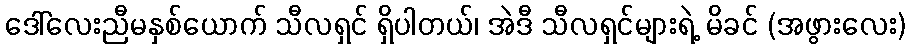
ဒေါ်လေးညီမနှစ်ယောက် သီလရှင် ရှိပါတယ်၊ အဲဒီ သီလရှင်များရဲ့ မိခင် (အဖွားလေး)